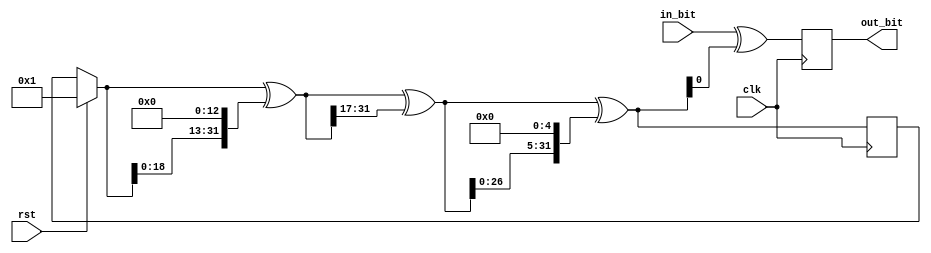
module scrambler(
        input clk, rst, in_bit,
        output reg out_bit
);
    reg [31:0] xs;
    always @(posedge clk) begin
    	if (rst)
	    xs = 1;
        xs = xs ^ (xs << 13);
        xs = xs ^ (xs >> 17);
        xs = xs ^ (xs << 5);
        out_bit <= in_bit ^ xs[0];
    end
endmodule